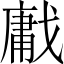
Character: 𢧳